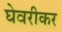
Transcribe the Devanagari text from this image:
घेवरीकर